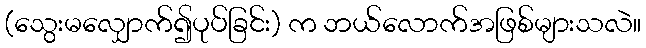
(သွေးမလျှောက်၍ပုပ်ခြင်း) က ဘယ်လောက်အဖြစ်များသလဲ။